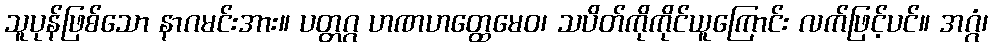
သူပုန်ဖြစ်သော နာဂမင်းအား။ ပတ္တဂ္ဂ ဟဏဟတ္ထေမေဝ၊ သပိတ်ကိုကိုင်ယူကြောင်း လက်ဖြင့်ပင်။ အဂ္ဂံ၊